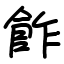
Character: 飵